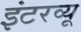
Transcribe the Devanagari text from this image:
इंटरव्‍यू